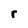
Character: r